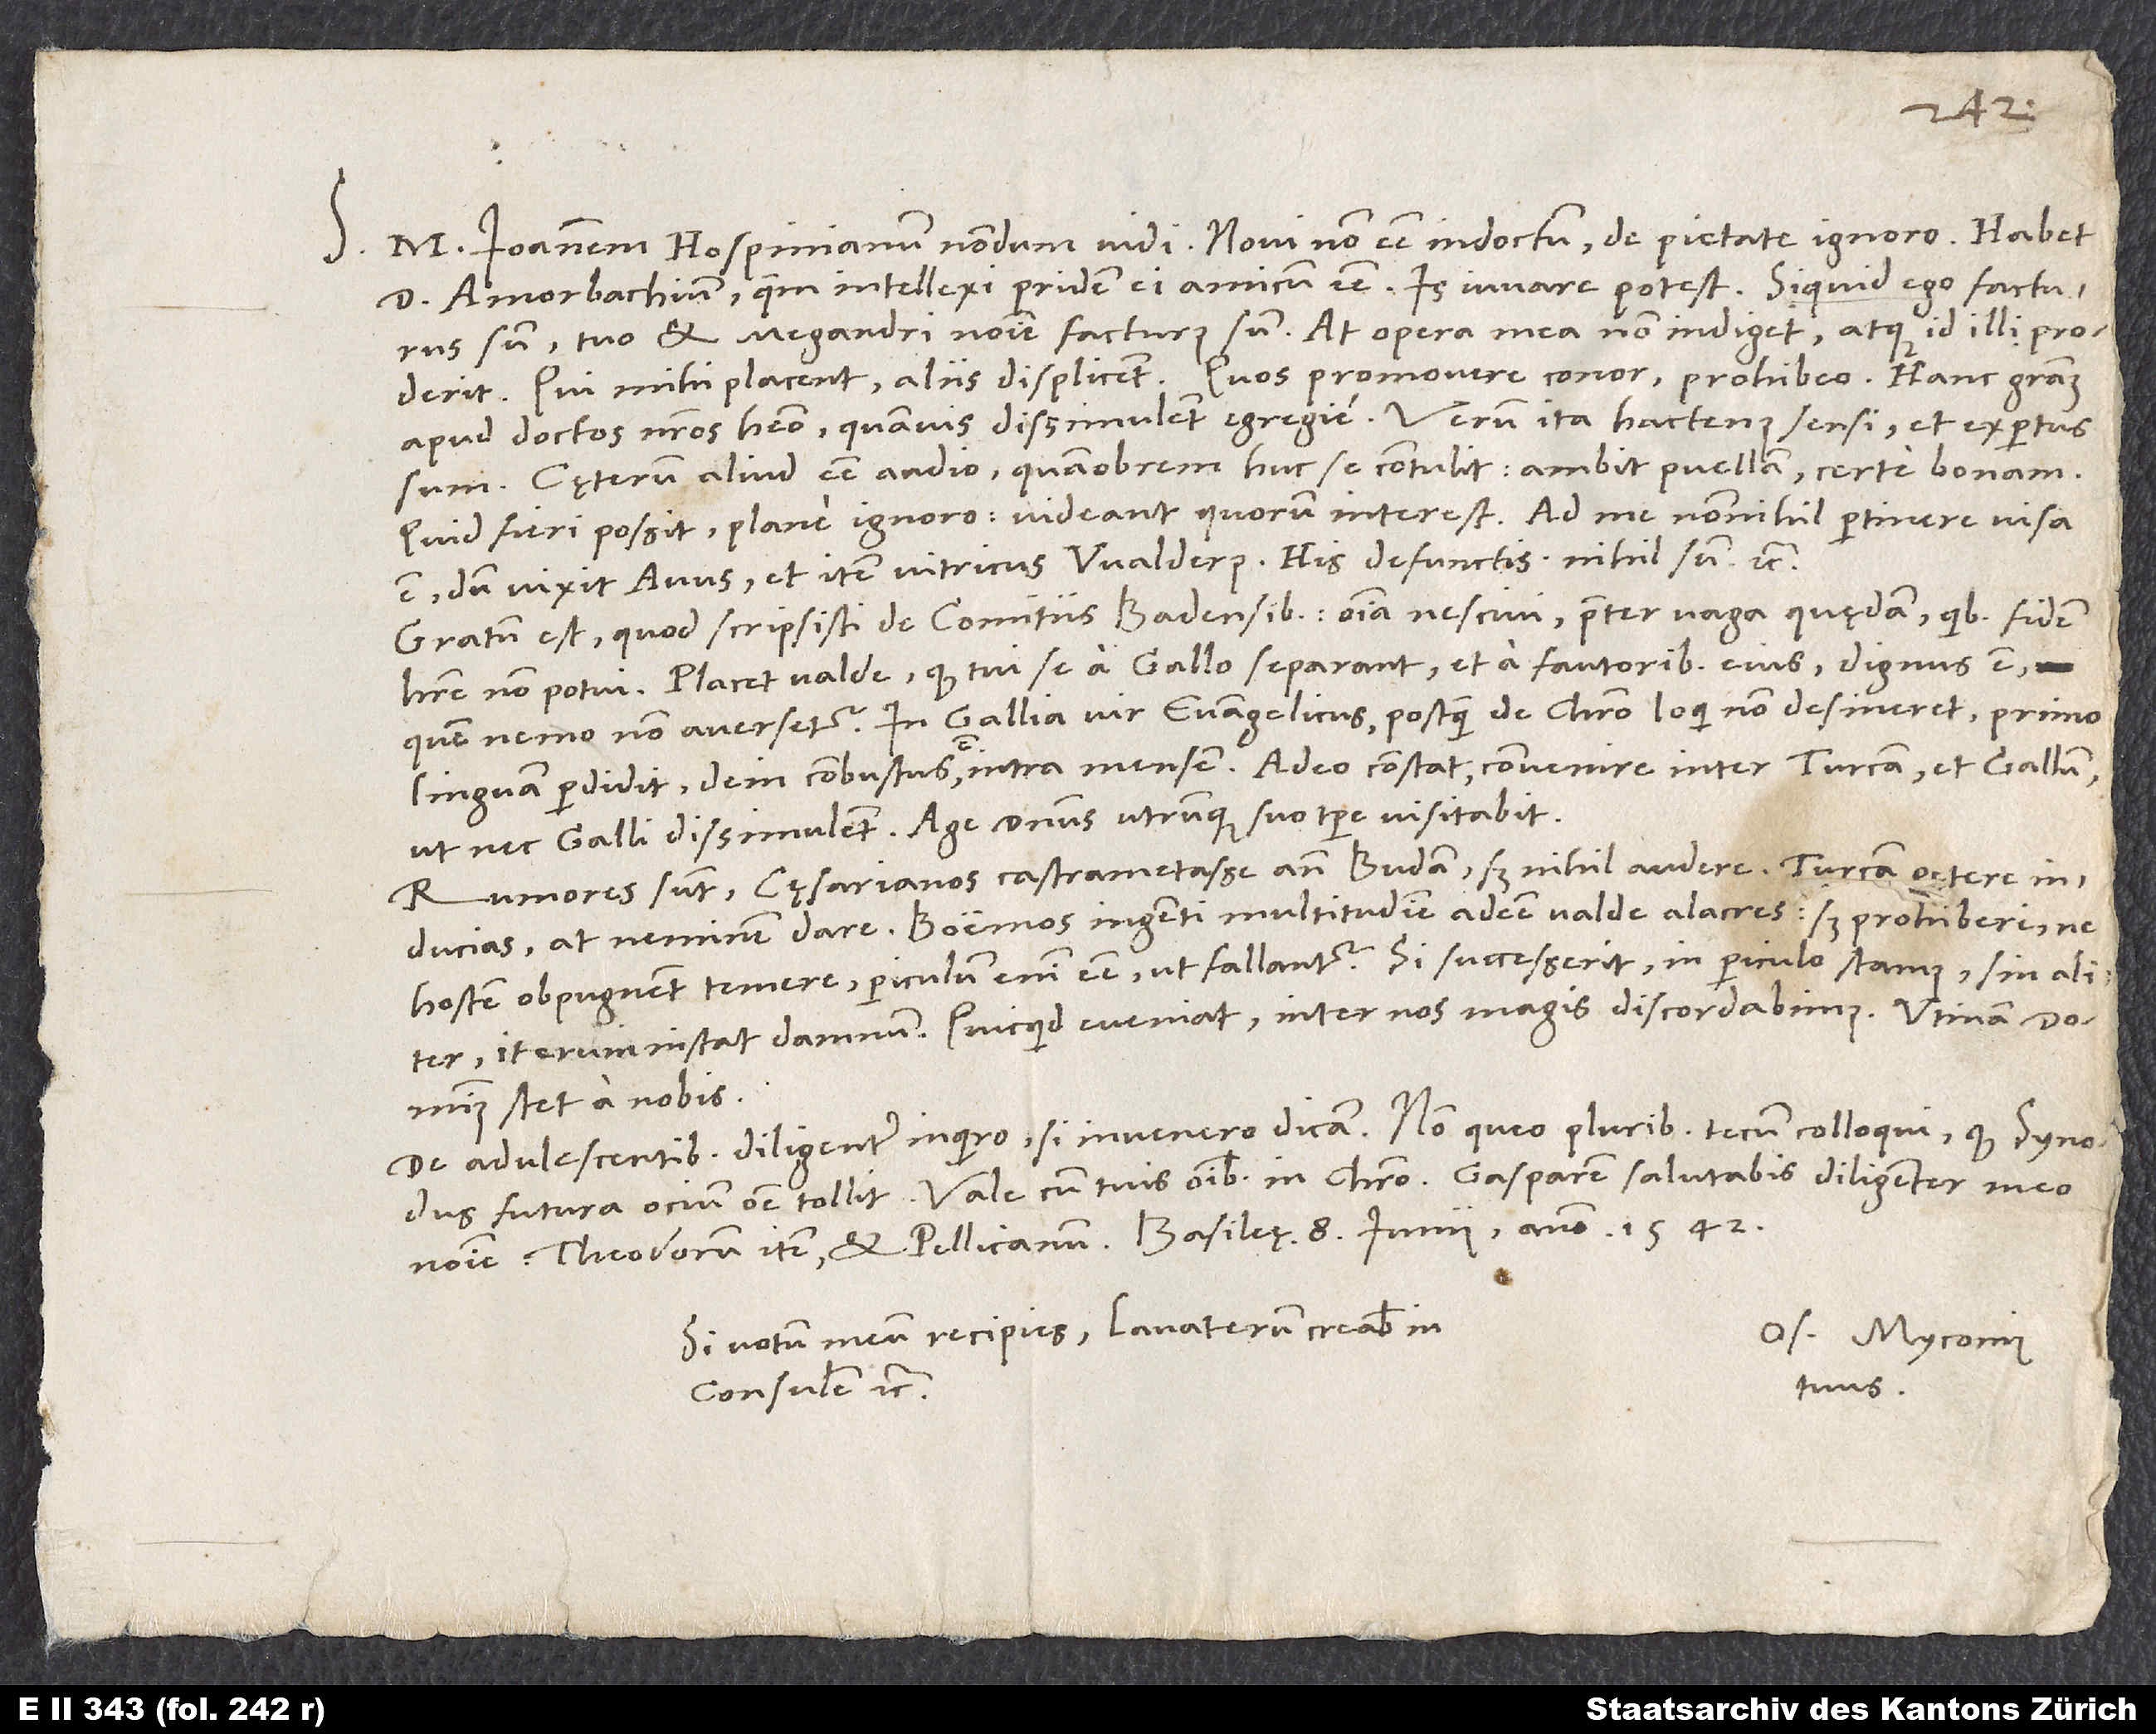
1542.
S. M Ioannem Hospinianum nondum vidi. Novi non esse indoctum, de pietate ignoro. Habet
d. Amorbachium, quem intellexi pridem ei amicum esse. Is iuvare potest. Siquid ego facturus
sum, tuo et Megandri nomine facturus sum. At opera mea non indiget, atque id illi proderit.
Qui mihi placent, aliis displicent; quos promovere conor, prohibeo. Hanc gratiam
apud doctos nostros habeo, quamvis dissimulent egregie. Verum ita hactenus sensi et expertus
Cęterum aliud esse audio, quamobrem huc se contulit; ambit puellam certe bonam.
Quid fieri possit, plane ignoro; videant, quorum interest. Ad me nonnihil pertinere visa
est, dum vixit avus et item vitricus Walderus; his defunctis nihil sum etc.
Gratum est, quod scripsisti de comitiis Badensibus; omnia nescivi praeter vaga quędam, quibus fidem
habere non potui. Placet valde, quod tui se a Gallo separant et a fautoribus eius; dignus est,
quem nemo non aversetur. In Gallia vir evangelicus, postquam de Christo loqui non desineret, primo
linguam perdidit, dein combustus est intra mensem. Adeo constat convenire inter Turcam et Gallum,
ut nec Galli dissimulent. Age, dominus utrunque suo tempore visitabit.
Rumores sunt cęsarianos castrametasse ante Budam, sed nihil audere, Turcam petere
inducias, at neminem dare, Boemos ingenti multitudine adesse valde alacres, sed prohiberi, ne
hostem obpugnent temere; periculum enim esse, ut fallantur. Si successerit, in periculo stamus, sin aliter,
iterum instat damnum. Quicquid eveniat, inter nos magis discordabimus. Utinam dominus
stet a nobis!
De adulescentibus diligenter inquiro; si invenero, dicam. Non queo pluribus tecum colloqui, quod synodus
Si votum meum recipies, Lavaterum creabis in
Os. Myconius
tuus.
consulem etc.